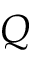
\boldsymbol { Q }